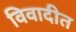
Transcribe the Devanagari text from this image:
विवादीत